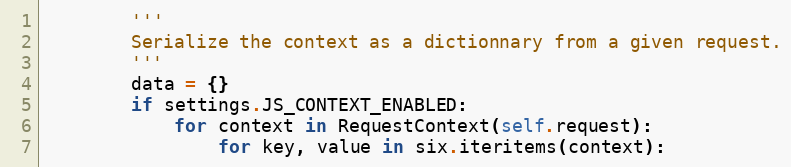
Language: Python
        '''
        Serialize the context as a dictionnary from a given request.
        '''
        data = {}
        if settings.JS_CONTEXT_ENABLED:
            for context in RequestContext(self.request):
                for key, value in six.iteritems(context):